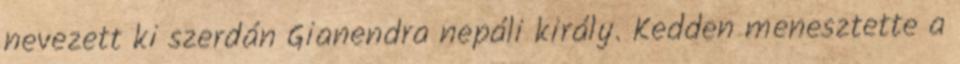
nevezett ki szerdán Gianendra nepáli király. Kedden menesztette a